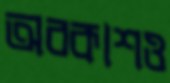
অবকাশও